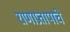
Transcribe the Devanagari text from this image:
राणाप्रतापाचे